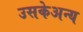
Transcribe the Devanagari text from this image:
उसकेअन्य